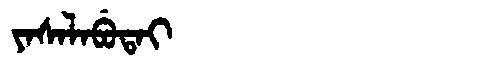
Manchu: ᠶᠠᠰᠠᠯᠠᠪᡠᡨᠠᡳ
Romanization: YASALABUTAI